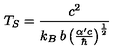
T _ { S } = \frac { c ^ { 2 } } { k _ { B } \: b \left( \frac { \alpha ^ { \prime } c } { \hbar } \right) ^ { \frac { 1 } { 2 } } }